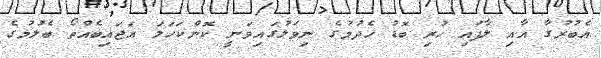
އެބުރުގާ އާއި ލާފައި ހުރި ބޮޑު ހެދުމުގެ ނިވަލުގައިވަނީ ކޮންކަހަލަ އަޖައިބެއްތޯ ބެލުމުގެ